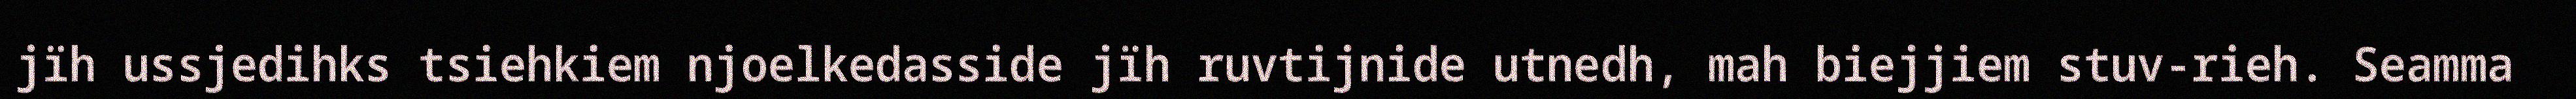
jïh ussjedihks tsiehkiem njoelkedasside jïh ruvtijnide utnedh, mah biejjiem stuv-rieh. Seamma